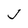
Character: J